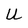
Character: U